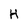
Character: H